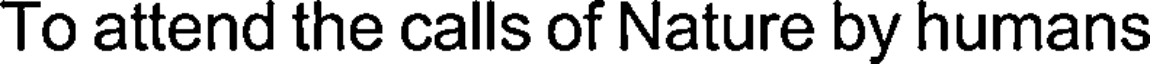
To attend the calls of Nature by humans